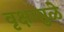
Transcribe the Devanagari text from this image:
वृक्षामुळे